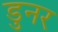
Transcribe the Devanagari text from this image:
डुनर